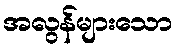
အလွန်များသော